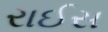
રાઈસ